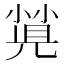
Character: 𡮡